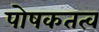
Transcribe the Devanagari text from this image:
पोषकतत्व